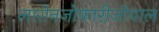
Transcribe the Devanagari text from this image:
लारीनजोफारीजीयाल